Medical and sanitary report of the native army of Madras for the year
Year: 1878
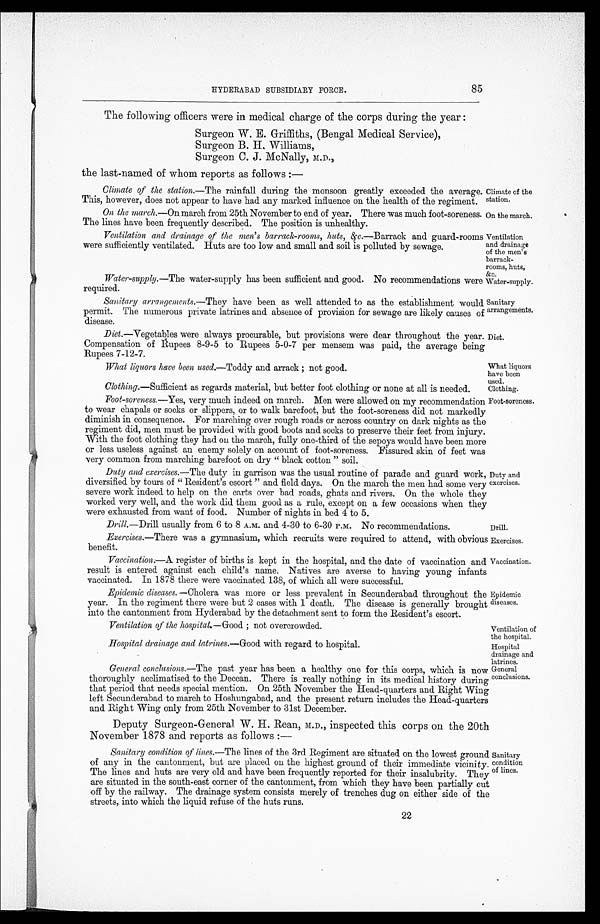
Climate of the
station.
On the march.
Ventilation
and drainage
of the men's
barrack
-rooms, huts,
&c.
Water-supply.
Sanitary
arrangements.
Diet.
What liquors
have been
used.
Clothing.
Exercises.
Vaccination.
Hospital drainage and latrines.— Good with regard to hospital.
Ventilation of the hospital.— Good; not overcrowded.
Ventilation of
the hospital.
Hospital
drainage and
latrines.
85
HYDERABAD SUBSIDIARY FORCE.
The following officers were in medical charge of the corps during the year:
Surgeon W. E. Griffiths, (Bengal Medical Service),
Surgeon B. H. Williams,
Surgeon C. J. McNally, M.D.,
the last-named of whom reports as follows :—
Climate of the station.— The rainfall during the monsoon greatly exceeded the average.
This, however, does not appear to have had any marked influence on the health of the regiment.
On the march.—On march from 25th November to end of year. There was much foot-soreness.
The lines have been frequently described. The position is unhealthy.
Ventilation and drainage of the men's barrack-rooms, huts, &c.— Barrack and guard-rooms
were sufficiently ventilated. Huts are too low and small and soil is polluted by sewage.
Water-supply.—The water-supply has been sufficient and good. No recommendations were
required.
Sanitary arrangements.— They have been as well attended to as the establishment would
permit. The numerous private latrines and absence of provision for sewage are likely causes of
disease.
Diet .—Vegetables were always procurable, but provisions were dear throughout the year.
Compensation of Rupees 8-9-5 to Rupees 5-0-7 per mensem was paid, the average being
Rupees 7-12-7.
What liquors hove been used.—Toddy and arrack; not good.
Clothing.—Sufficient as regards material, but better foot clothing or none at all is needed.
Foot-soreness.—Yes, very much indeed on march. Men were allowed on my recommendation
to wear chapals or socks or slippers, or to walk barefoot, but the foot-soreness did not markedly
diminish in consequence. For marching over rough roads or across country on dark nights as the
regiment did, men must be provided with good boots and socks to preserve their feet from injury.
With the foot clothing they had on the march, fully one-third of the sepoys would have been more
or less useless against an enemy solely on account of foot-soreness. Fissured skin of feet was
very common from marching barefoot on dry "black cotton " soil.
Duty and exercises.— The duty in garrison was the usual routine of parade and guard work,
diversified by tours of "Resident's escort" and field days. On the march the men had some very
severe work indeed to help on the carts over bad roads, ghats and rivers. On the whole they
worked very well, and the work did them good as a rule, except on a few occasions when they
were exhausted from want of food. Number of nights in bed 4 to 5.
Foot-soreness.
Duty and
exercises.
Drill.—Drill usually from 6 to 8 A.M. and 4-30 to 6-30 P.M. No recommendations.
Exercises.—There was a gymnasium, which recruits were required to attend, with obvious
benefit.
Vaccination.—A register of births is kept in the hospital, and the date of vaccination and
result is entered against each child's name. Natives are averse to having young infants
vaccinated. In 1878 there were vaccinated 138, of which all were successful.
Epidemic diseases. — Cholera was more or less prevalent in Secunderabad throughout the
year. In the regiment there were but 2 cases with 1 death. The disease is generally brought
into the cantonment from Hyderabad by the detachment sent to form the Resident's escort.
Drill.
Epidemic
diseases.
General conclusions.—The past year has been a healthy one for this corps, which is now
thoroughly acclimatised to the Deccan. There is really nothing in its medical history during
that period that needs special mention. On 25th November the Head-quarters and Right Wing
left Secunderabad to march to Hoshungabad, and the present return includes the Head-quarters
and Right Wing only from 25th November to 31st December.
Deputy Surgeon-General. W. H. Rean, M.D., inspected this corps on the 20th
November 1878 and reports as follows:—
General
conclusions.
Sanitary condition of lines.—The lines of the 3rd Regiment are situated on the lowest ground
of any in the cantonment, but are placed on the highest ground of their immediate vicinity.
The lines and huts are very old and have been frequently reported for their insalubrity. They
are situated in the south-east corner of the cantonment, from which they have been partially cut
off by the railway. The drainage system consists merely of trenches dug on either side of the
streets, into which the liquid refuse of the huts runs.
Sanitary
condition
of lines.
22